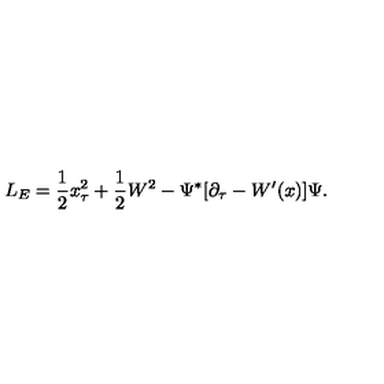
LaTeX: L _ { E } = { \frac { 1 } { 2 } } x _ { \tau } ^ { 2 } + { \frac { 1 } { 2 } } W ^ { 2 } - \Psi ^ { \ast } [ \partial _ { \tau } - W ^ { \prime } ( x ) ] \Psi .